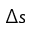
\Delta s